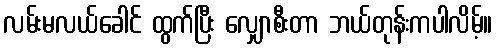
လမ်းမလယ်ခေါင် ထွက်ပြီး လျှောစီးတာ ဘယ်တုန်းကပါလိမ့်။